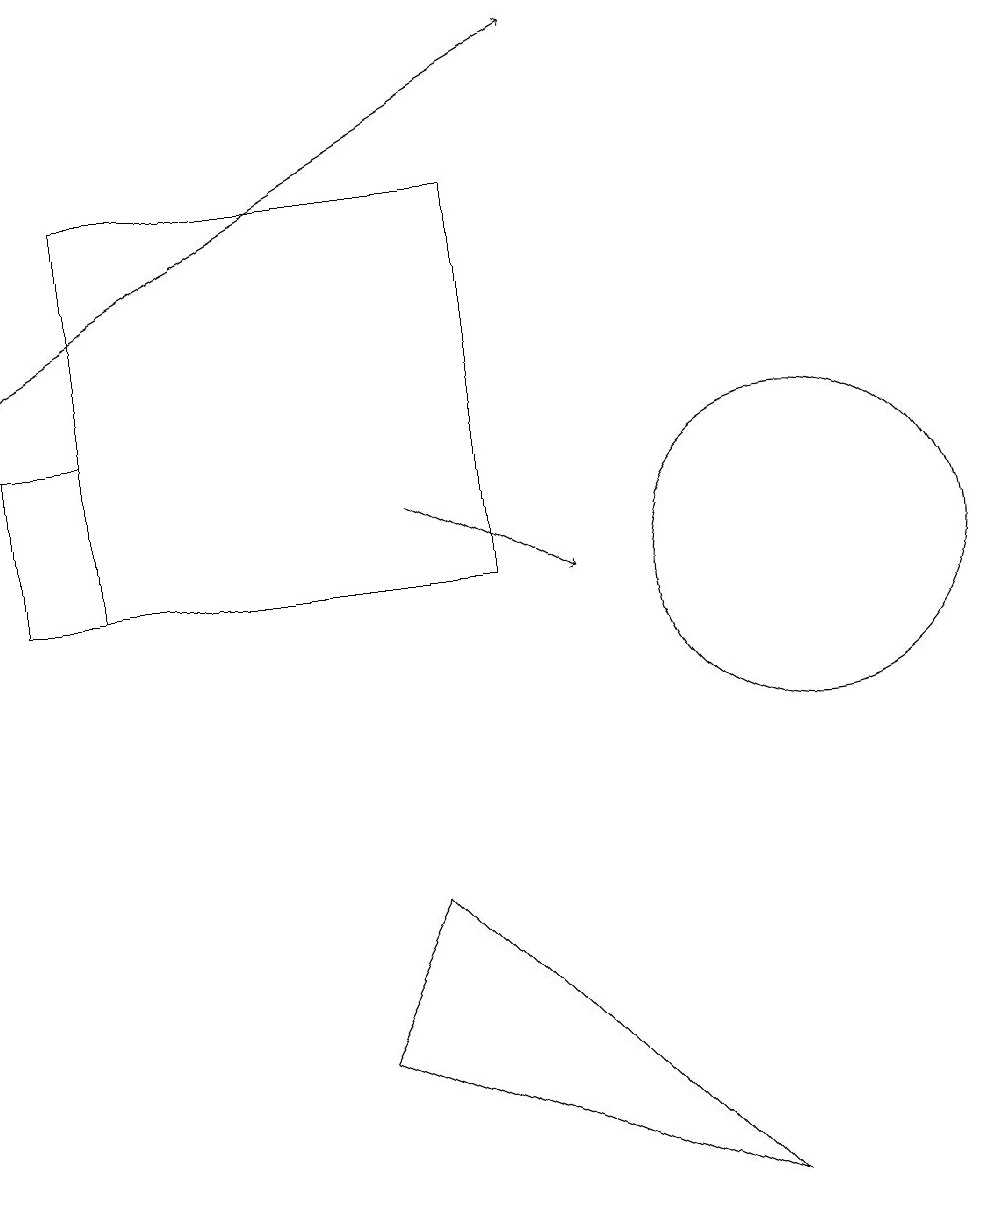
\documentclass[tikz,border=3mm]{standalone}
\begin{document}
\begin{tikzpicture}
\draw (9,3) -- (5,7) -- (4,5) -- cycle;
\draw (1,16) rectangle (6,11);
\draw[->] (5,12) -- (7,11);
\draw[->] (0,14) -- (7,18);
\draw (10,11) circle (2);
\draw (0,11) rectangle (1,13);
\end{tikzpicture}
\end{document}